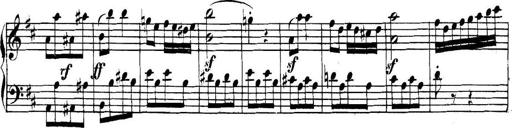
Title: Collected Piano Sonatas
Composer: Muzio Clementi